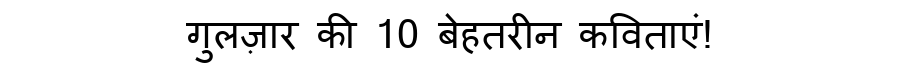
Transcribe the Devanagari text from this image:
गुलज़ार की 10 बेहतरीन कविताएं!